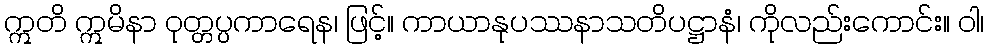
ဣတိ ဣမိနာ ဝုတ္တပ္ပကာရေန၊ ဖြင့်။ ကာယာနုပဿနာသတိပဋ္ဌာနံ၊ ကိုလည်းကောင်း။ ဝါ၊